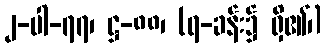
၂-ပါ-၇၇၊ ဋ္ဌ-၈၈၊ (ရ-ခန်း၌ ရှိ၏၊)